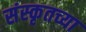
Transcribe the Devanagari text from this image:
संस्‍कृतच्या